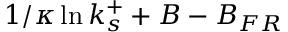
1 / \kappa \ln k _ { s } ^ { + } + B - B _ { F R }